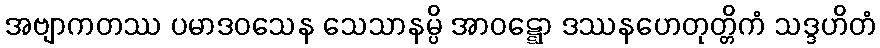
အဗျာကတဿ ပမာဒဝသေန သေသာနမ္ပိ အာဝဋ္ဋော ဒဿနဟေတုတ္တိကံ သဒ္ဒဟိတံ